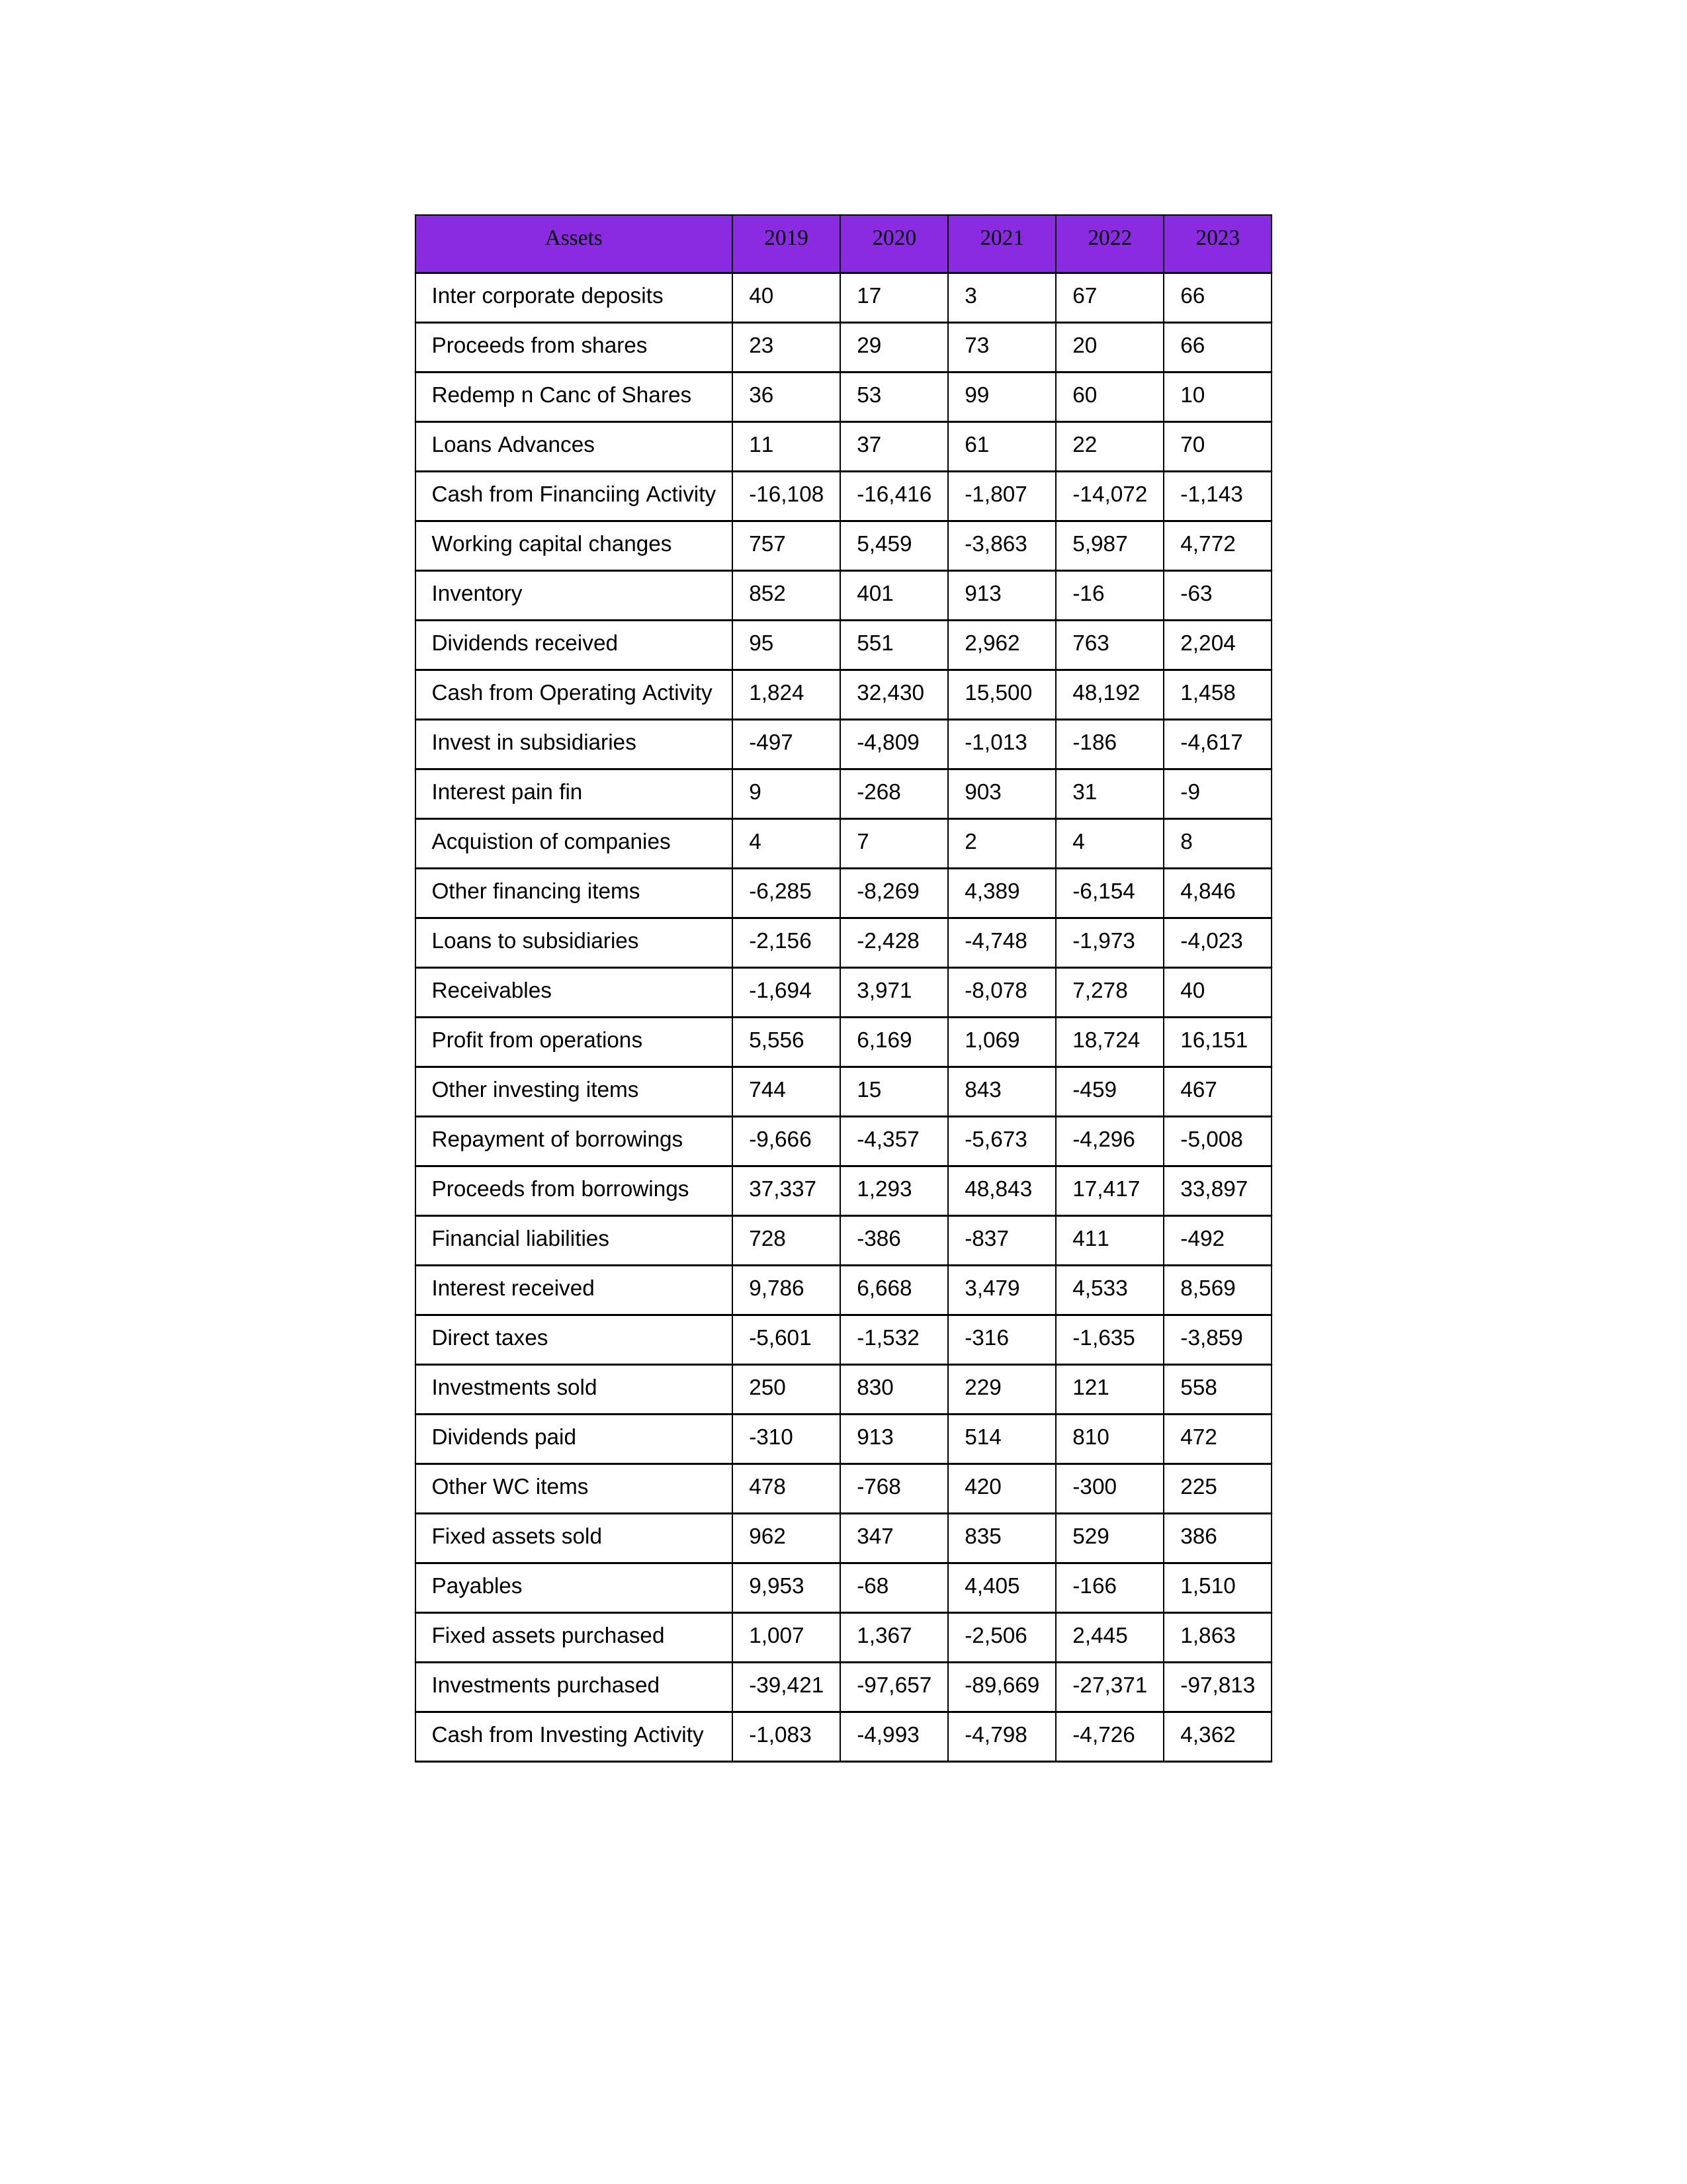
gt_parse: 2019: Cash from Operating Activity: 1,824
Profit from operations: 5,556
Receivables: -1,694
Inventory: 852
Payables: 9,953
Loans Advances: 11
Other WC items: 478
Working capital changes: 757
Direct taxes: -5,601
Cash from Investing Activity: -1,083
Fixed assets purchased: 1,007
Fixed assets sold: 962
Investments purchased: -39,421
Investments sold: 250
Interest received: 9,786
Dividends received: 95
Invest in subsidiaries: -497
Loans to subsidiaries: -2,156
Redemp n Canc of Shares: 36
Acquistion of companies: 4
Inter corporate deposits: 40
Other investing items: 744
Cash from Financiing Activity: -16,108
Proceeds from shares: 23
Proceeds from borrowings: 37,337
Repayment of borrowings: -9,666
Interest pain fin: 9
Dividends paid: -310
Financial liabilities: 728
Other financing items: -6,285
2020: Cash from Operating Activity: 32,430
Profit from operations: 6,169
Receivables: 3,971
Inventory: 401
Payables: -68
Loans Advances: 37
Other WC items: -768
Working capital changes: 5,459
Direct taxes: -1,532
Cash from Investing Activity: -4,993
Fixed assets purchased: 1,367
Fixed assets sold: 347
Investments purchased: -97,657
Investments sold: 830
Interest received: 6,668
Dividends received: 551
Invest in subsidiaries: -4,809
Loans to subsidiaries: -2,428
Redemp n Canc of Shares: 53
Acquistion of companies: 7
Inter corporate deposits: 17
Other investing items: 15
Cash from Financiing Activity: -16,416
Proceeds from shares: 29
Proceeds from borrowings: 1,293
Repayment of borrowings: -4,357
Interest pain fin: -268
Dividends paid: 913
Financial liabilities: -386
Other financing items: -8,269
2021: Cash from Operating Activity: 15,500
Profit from operations: 1,069
Receivables: -8,078
Inventory: 913
Payables: 4,405
Loans Advances: 61
Other WC items: 420
Working capital changes: -3,863
Direct taxes: -316
Cash from Investing Activity: -4,798
Fixed assets purchased: -2,506
Fixed assets sold: 835
Investments purchased: -89,669
Investments sold: 229
Interest received: 3,479
Dividends received: 2,962
Invest in subsidiaries: -1,013
Loans to subsidiaries: -4,748
Redemp n Canc of Shares: 99
Acquistion of companies: 2
Inter corporate deposits: 3
Other investing items: 843
Cash from Financiing Activity: -1,807
Proceeds from shares: 73
Proceeds from borrowings: 48,843
Repayment of borrowings: -5,673
Interest pain fin: 903
Dividends paid: 514
Financial liabilities: -837
Other financing items: 4,389
2022: Cash from Operating Activity: 48,192
Profit from operations: 18,724
Receivables: 7,278
Inventory: -16
Payables: -166
Loans Advances: 22
Other WC items: -300
Working capital changes: 5,987
Direct taxes: -1,635
Cash from Investing Activity: -4,726
Fixed assets purchased: 2,445
Fixed assets sold: 529
Investments purchased: -27,371
Investments sold: 121
Interest received: 4,533
Dividends received: 763
Invest in subsidiaries: -186
Loans to subsidiaries: -1,973
Redemp n Canc of Shares: 60
Acquistion of companies: 4
Inter corporate deposits: 67
Other investing items: -459
Cash from Financiing Activity: -14,072
Proceeds from shares: 20
Proceeds from borrowings: 17,417
Repayment of borrowings: -4,296
Interest pain fin: 31
Dividends paid: 810
Financial liabilities: 411
Other financing items: -6,154
2023: Cash from Operating Activity: 1,458
Profit from operations: 16,151
Receivables: 40
Inventory: -63
Payables: 1,510
Loans Advances: 70
Other WC items: 225
Working capital changes: 4,772
Direct taxes: -3,859
Cash from Investing Activity: 4,362
Fixed assets purchased: 1,863
Fixed assets sold: 386
Investments purchased: -97,813
Investments sold: 558
Interest received: 8,569
Dividends received: 2,204
Invest in subsidiaries: -4,617
Loans to subsidiaries: -4,023
Redemp n Canc of Shares: 10
Acquistion of companies: 8
Inter corporate deposits: 66
Other investing items: 467
Cash from Financiing Activity: -1,143
Proceeds from shares: 66
Proceeds from borrowings: 33,897
Repayment of borrowings: -5,008
Interest pain fin: -9
Dividends paid: 472
Financial liabilities: -492
Other financing items: 4,846